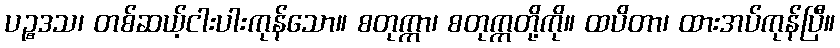
ပဉ္စဒသ၊ တစ်ဆယ့်ငါးပါးကုန်သော။ စတုက္ကာ၊ စတုက္ကတို့ကို။ ထပိတာ၊ ထားအပ်ကုန်ပြီ။